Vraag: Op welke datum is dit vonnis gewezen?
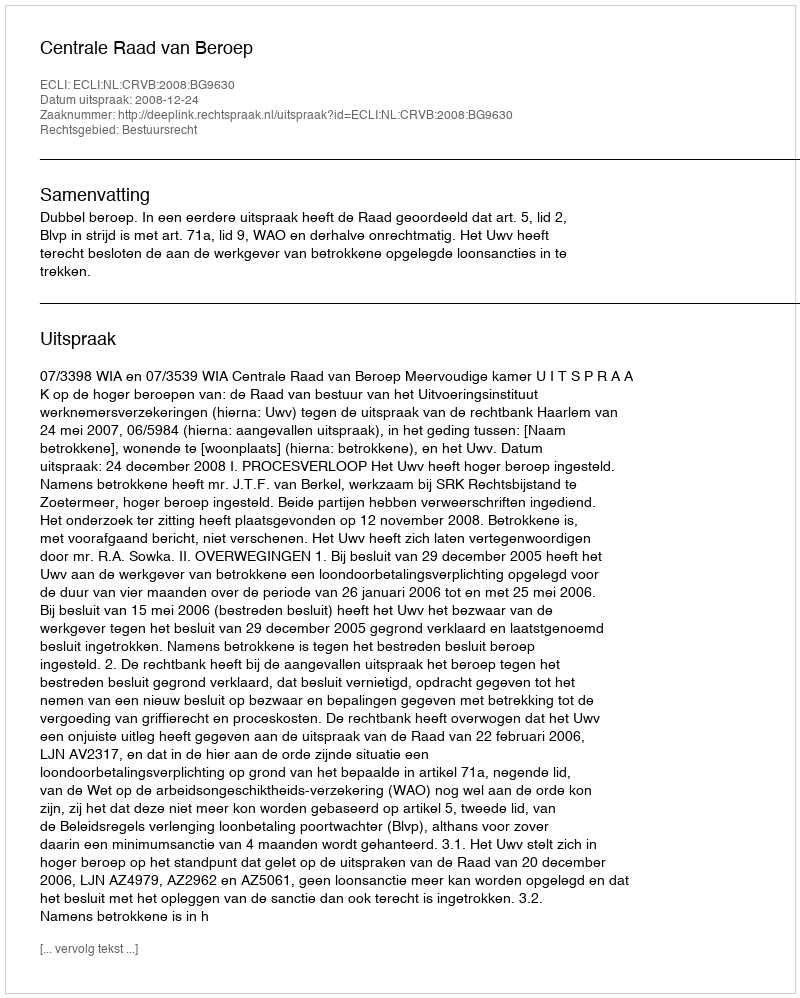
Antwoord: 2008-12-24